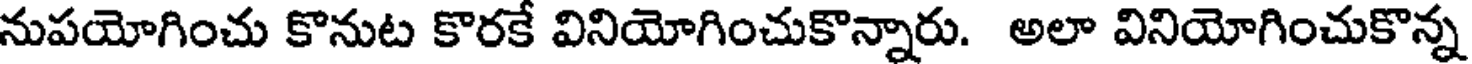
నుపయోగించు కొనుట కొరకే వినియోగించుకొన్నారు. అలా వినియోగించుకొన్న